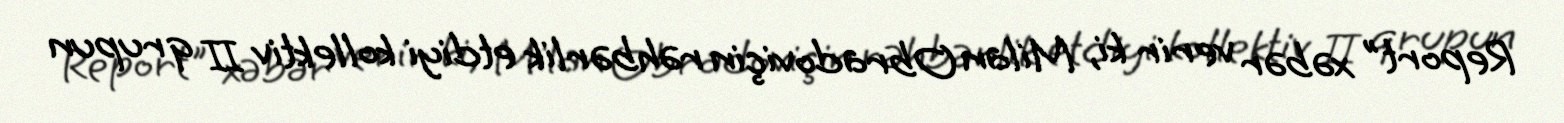
Report" xəbər verir ki, Milan Obradoviçin rəhbərlik etdiyi kollektiv II qrupun